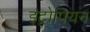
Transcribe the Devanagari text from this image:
इंट्रोपियन